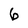
Character: 6